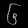
Digit: ၆